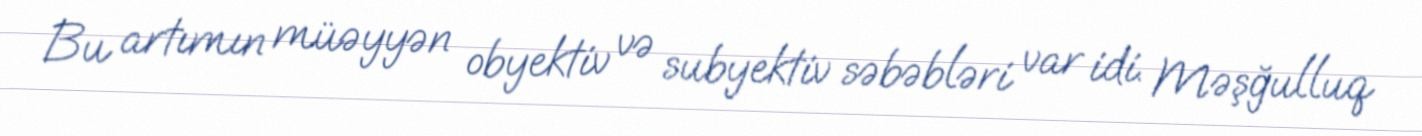
Bu artımın müəyyən obyektiv və subyektiv səbəbləri var idi. Məşğulluq